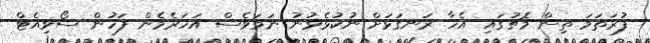
ފުރަތަމަ ތިން މެޗުގައި އެހާ ރަނގަޅަށް ނުކުޅެވުނު ނަމަވެސް އަހަރެމެން ފަހުން ސޯވިއެޓް